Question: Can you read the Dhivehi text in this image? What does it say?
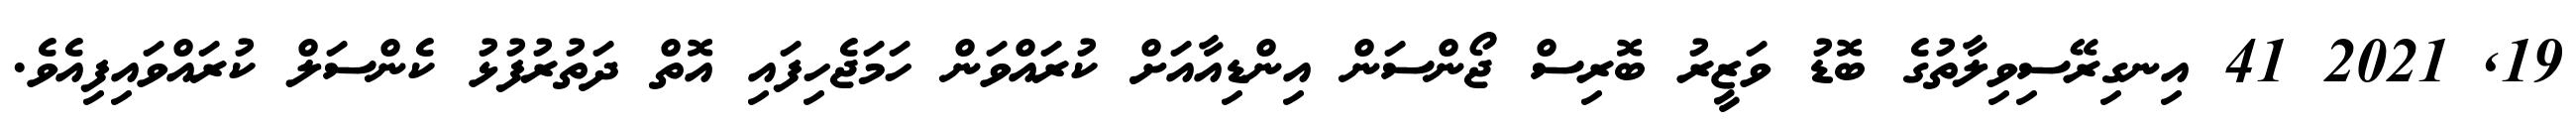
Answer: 19, 2021 41 އިނގިރޭސިވިލާތުގެ ބޮޑު ވަޒީރު ބޮރިސް ޖޯންސަން އިންޑިއާއަށް ކުރައްވަން ހަމަޖެހިފައި އޮތް ދަތުރުފުޅު ކެންސަލް ކުރައްވައިފިއެވެ.